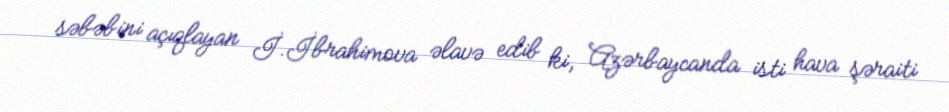
səbəbini açıqlayan İ.İbrahimova əlavə edib ki, Azərbaycanda isti hava şəraiti